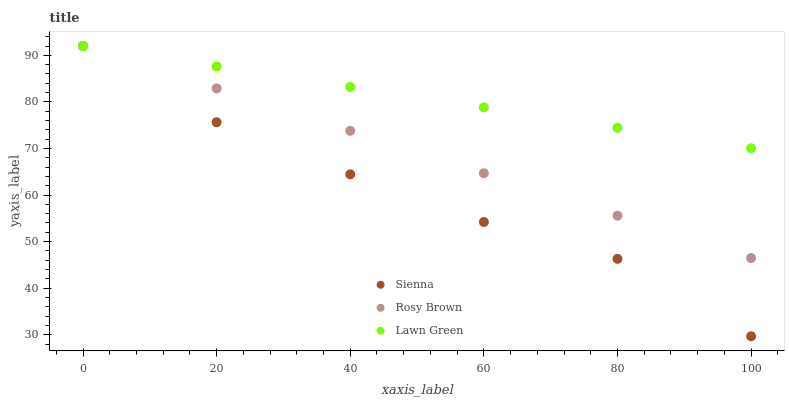
| xaxis_label | Sienna | Rosy Brown | Lawn Green |
 | --- | --- | --- | --- |
 | 0 | 92 | 92 | 92 |
 | 20 | 75.6 | 82.9 | 87.6 |
 | 40 | 64.4 | 73.8 | 83.2 |
 | 60 | 54.2 | 64.7 | 78.8 |
 | 80 | 46.3 | 55.6 | 74.4 |
 | 100 | 29.7 | 46.5 | 70 |